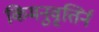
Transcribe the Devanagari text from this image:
किमनुवृत्तिर्न